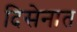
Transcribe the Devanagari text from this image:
दिसेनात